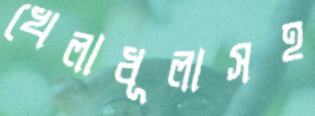
খেলাধূলাসহ